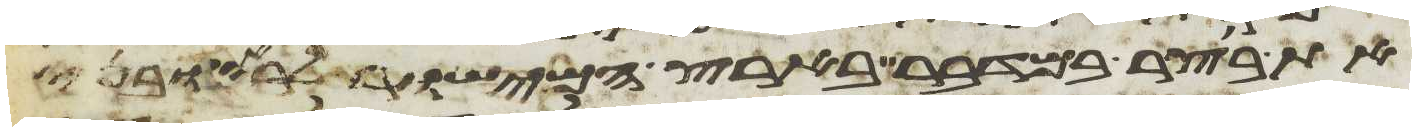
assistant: את בוצר במדבר בארץ המישור לראובני